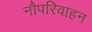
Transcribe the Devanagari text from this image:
नौपरिवाहन